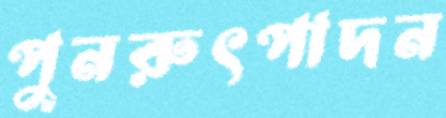
পুনরুৎপাদন